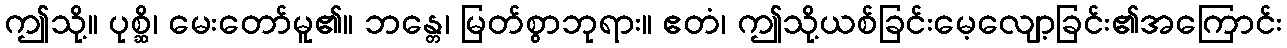
ဤသို့။ ပုစ္ဆိ၊ မေးတော်မူ၏။ ဘန္တေ၊ မြတ်စွာဘုရား။ ဧတံ၊ ဤသို့ယစ်ခြင်းမေ့လျော့ခြင်း၏အကြောင်း